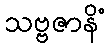
သဗ္ဗဇာနိံ